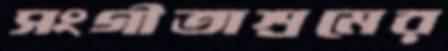
সংগীতাশ্রমের